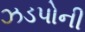
ઝડપોની